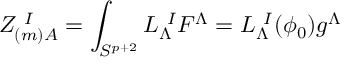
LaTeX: Z _ { ( m ) A } ^ { \ I } = \int _ { S ^ { p + 2 } } L _ { \Lambda } ^ { \ I } F ^ { \Lambda } = L _ { \Lambda } ^ { \ I } ( \phi _ { 0 } ) g ^ { \Lambda }